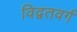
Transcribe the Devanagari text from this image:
विद्वतवर्ग